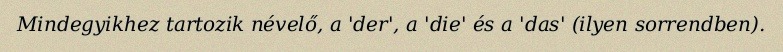
Mindegyikhez tartozik névelő, a 'der', a 'die' és a 'das' (ilyen sorrendben).